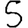
Digit: 5